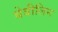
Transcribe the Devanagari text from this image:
बेबीलिन